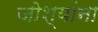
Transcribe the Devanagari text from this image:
जोश्यांना